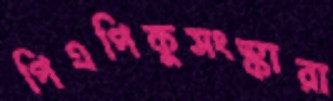
পিএপিকুসংস্কারা